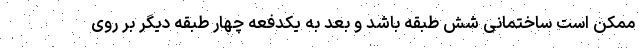
ممکن است ساختمانی شش طبقه باشد و بعد به یکدفعه چهار طبقه دیگر بر روی